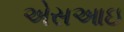
એસઆઇ